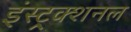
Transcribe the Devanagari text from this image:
इंस्ट्र्क्शनल